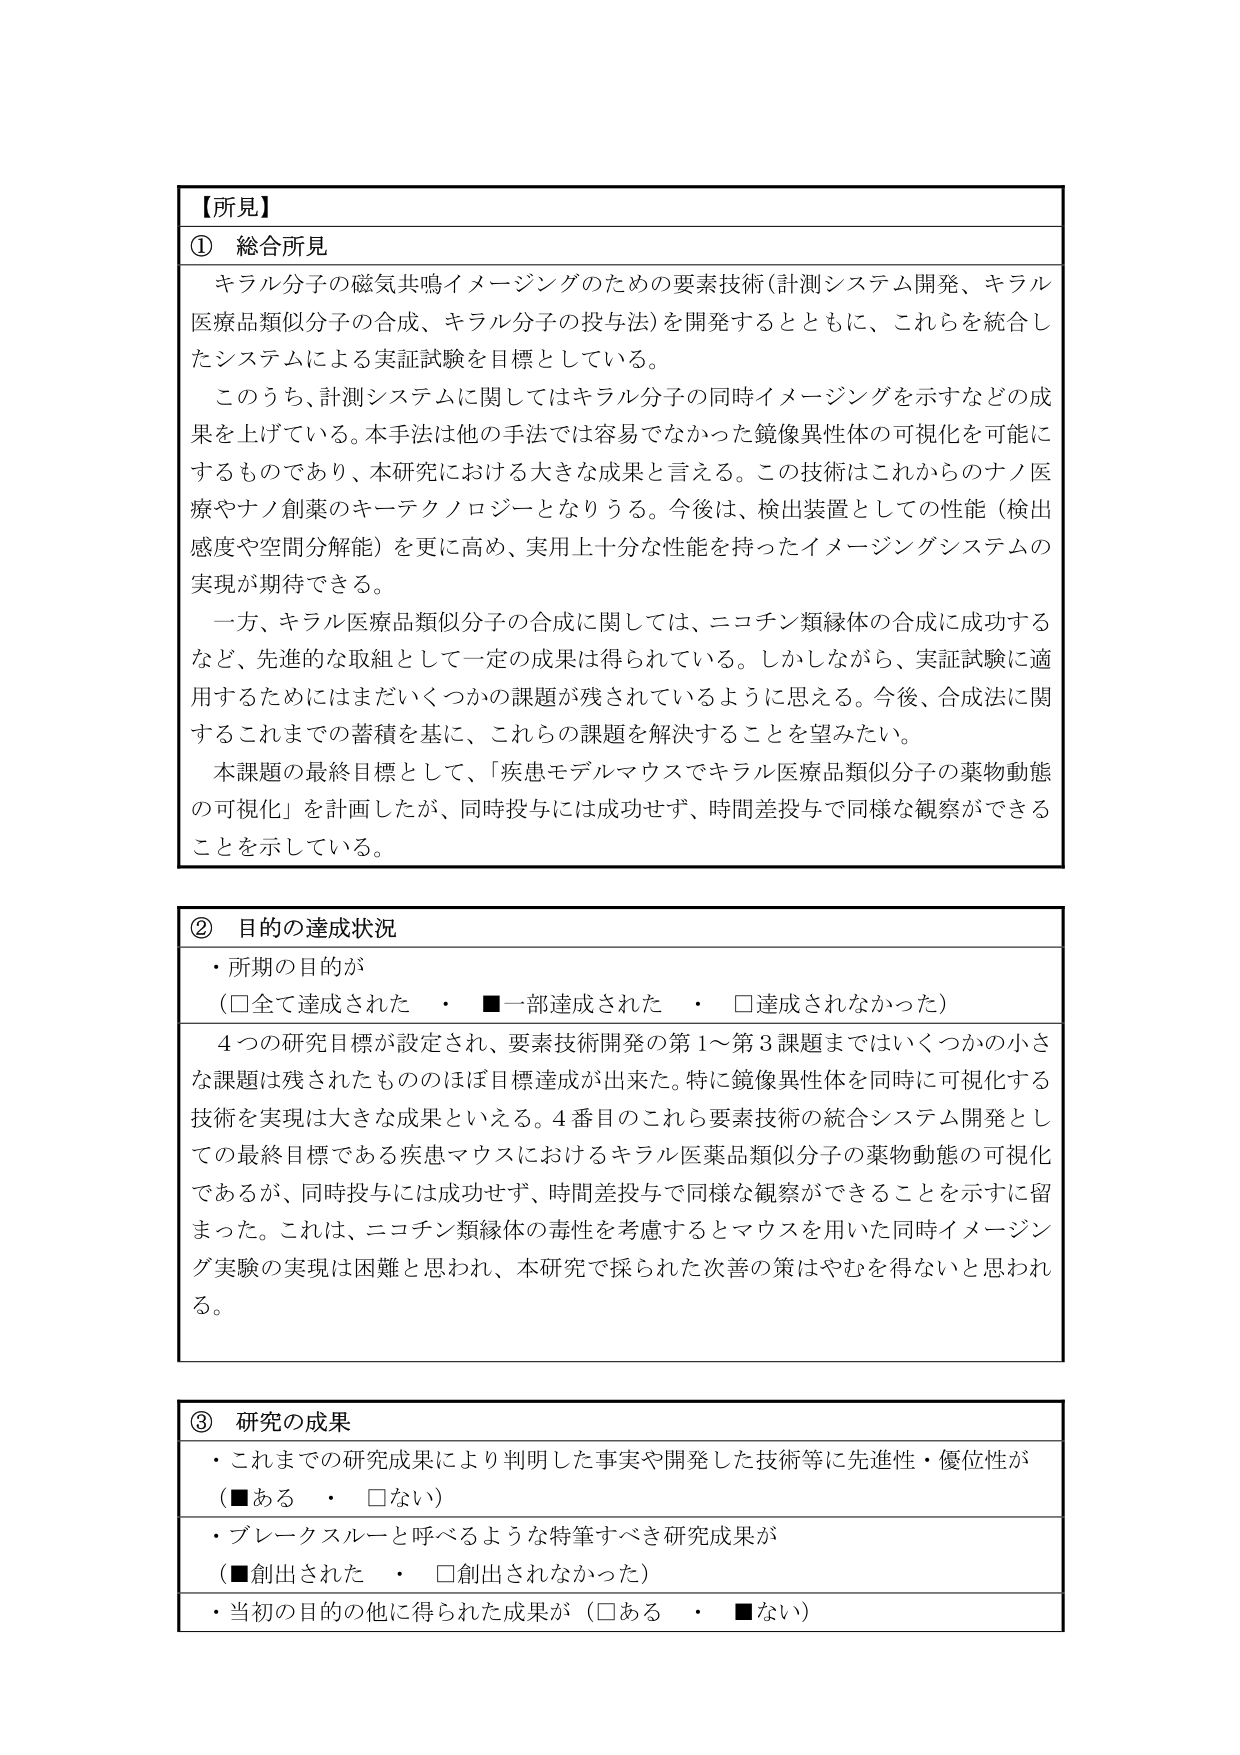
【所見】
① 総合所見
キラル分子の磁気共鳴イメージングのための要素技術（計測システム開発、キラル医療品類似分子の合成、キラル分子の投与法）を開発するとともに、これらを統合したシステムによる実証試験を目標としている。
このうち、計測システムに関してはキラル分子の同時イメージングを示すなどの成果を上げている。本手法は他の手法では容易ではなかった鏡像異性体の可視化を可能にするものであり、本研究における大きな成果と言える。この技術はこれからのナノ医療やナノ創薬のキーテクノロジーとなりうる。今後は、検出装置としての性能（検出感度や空間分解能）を更に高め、実用上十分な性能を持ったイメージングシステムの実現が期待できる。
一方、キラル医療品類似分子の合成に関しては、ニコチン類縁体の合成に成功するなど、先進的な取組として一定の成果は得られている。しかしながら、実証試験に適用するためにはまだいくつかの課題が残されているように思える。今後、合成法に関するこれまでの蓄積を基に、これらの課題を解決することを望みたい。
本課題の最終目標として、「疾患モデルマウスでキラル医療品類似分子の薬物動態の可視化」を計画したが、同時投与には成功せず、時間差投与で同様な観察ができることを示している。

② 目的の達成状況
・所期の目的が
（□全て達成された　・　■一部達成された　・　□達成されなかった）
4つの研究目標が設定され、要素技術開発の第1～第3課題まではいくつかの小さな課題は残されたもののほぼ目標達成が出来た。特に鏡像異性体を同時に可視化する技術を実現は大きな成果といえる。4番目のこれら要素技術の統合システム開発としての最終目標である疾患マウスにおけるキラル医薬品類似分子の薬物動態の可視化であるが、同時投与には成功せず、時間差投与で同様な観察ができることを示すに留まった。これは、ニコチン類縁体の毒性を考慮するとマウスを用いた同時イメージング実験の実現は困難と思われ、本研究で採られた次善の策はやむを得ないと思われる。

③ 研究の成果
・これまでの研究成果により判明した事実や開発した技術等に先進性・優位性が
（■ある　・　□ない）
・ブレークスルーと呼べるような特筆すべき研究成果が
（■創出された　・　□創出されなかった）
・当初の目的の他に得られた成果が（□ある　・　■ない）